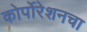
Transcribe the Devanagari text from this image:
कोर्पोरेशनचा